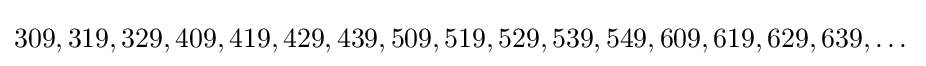
309,319,329,409,419,429,439,509,519,529,539,549,609,619,629,639,\dots